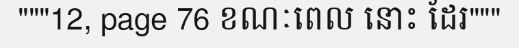
"""12, page 76 ខណៈពេល នោះ ដែរ"""